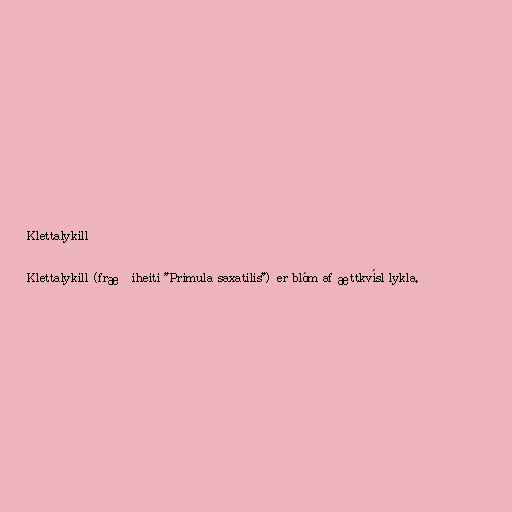
Klettalykill

Klettalykill (fræðiheiti "Primula saxatilis") er blóm af ættkvísl lykla.